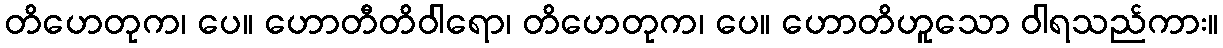
တိဟေတုက၊ ပေ။ ဟောတီတိဝါရော၊ တိဟေတုက၊ ပေ။ ဟောတိဟူသော ဝါရသည်ကား။